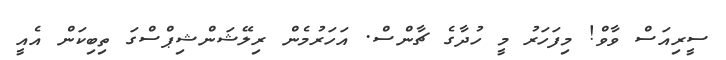
ސީރިއަސް ވާވް! މިފަހަރު މީ ހުދާގެ ޗާންސް. އަހަރުމެން ރިލޭޝަންޝިޕްސްގަ ތިބިކަން އެއީ